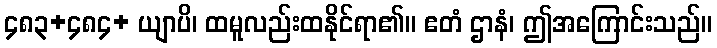
၄၈၃+၄၈၄+ ယျာပိ၊ ထမူလည်းထနိုင်ရာ၏။ ဧတံ ဌာနံ၊ ဤအကြောင်းသည်။